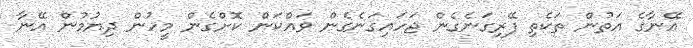
އޭނާގެ އަތުން ތަކެތި ފޭރިގަނެގެން ޖަހައިގަނެގެން ވައްކަން ކޮށްގެން މީހުން ދިޔުމުން އޭނާ